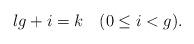
LaTeX: \begin{align*}lg+i=k\quad(0\le i <g).\end{align*}